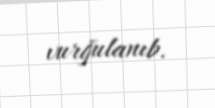
vurğulanıb.